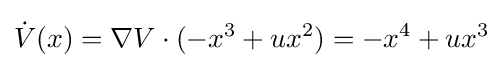
{\dot {V}}(x)=\nabla V\cdot (-x^{3}+ux^{2})=-x^{4}+ux^{3}